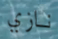
نازي